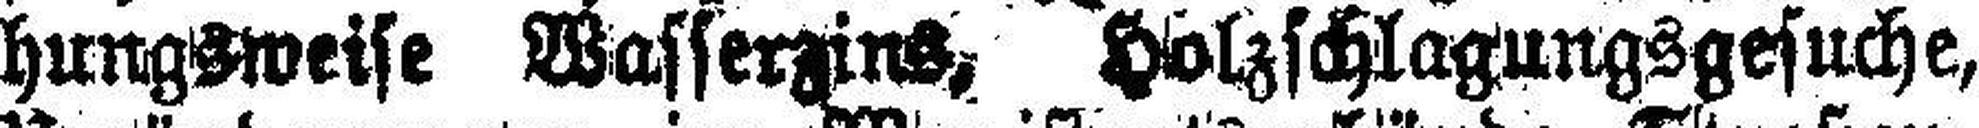
hungsweise Wasserzins, Holzschlagungsgesuche,